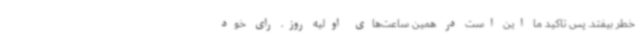
خطر بیفتد. پس تاکید ما این است در همین ساعت‌های اولیه روز، رای خود